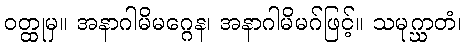
ဝတ္ထုမှ။ အနာဂါမိမဂ္ဂေန၊ အနာဂါမိမဂ်ဖြင့်။ သမုဂ္ဃာတံ၊